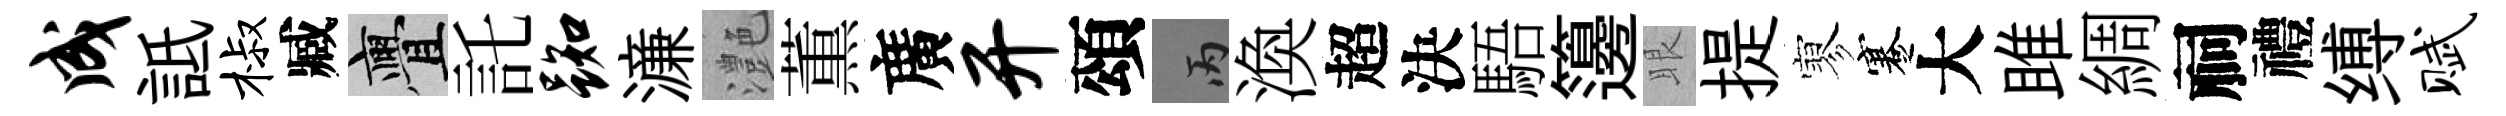
成詆椒臧亹託踟濓灔薫廣开頌丙渙超決䮏籩眼提寥蹇大雎綢祠禮缚赋